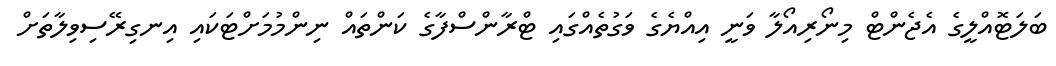
ބަލަޓޮއްލީގެ އެޖެންޓް މިނޯރިއޯލާ ވަނީ އިއްޔެގެ ވަގުތެއްގައި ޓްރާންސްފާގެ ކަންތައް ނިންމުމަށްޓަކައި އިނގިރޭސިވިލާތަށް